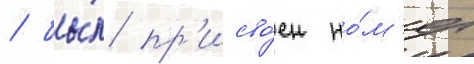
/ бы́л пр'исво́ен но́м'ер